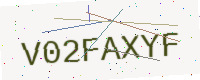
Text: V02FAXYF